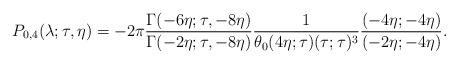
LaTeX: \begin{align*}P_{0, 4}(\lambda; \tau, \eta) = - 2\pi \frac{\Gamma(-6\eta; \tau, -8\eta)}{\Gamma(-2\eta; \tau, -8\eta)} \frac{1}{\theta_0(4\eta; \tau)(\tau;\tau)^3} \frac{(-4\eta; -4\eta)}{(-2\eta; -4\eta)}.\end{align*}